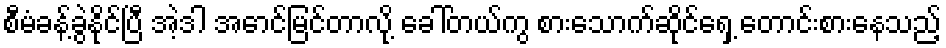
စီမံခန့်ခွဲနိုင်ပြီ အဲ့ဒါ အောင်မြင်တာလို့ ခေါ်တယ်ကွ စားသောက်ဆိုင်ရှေ့ တောင်းစားနေသည့်